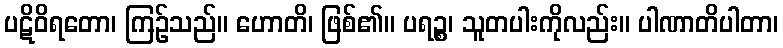
ပဋိဝိရတော၊ ကြဉ်သည်။ ဟောတိ၊ ဖြစ်၏။ ပရဉ္စ၊ သူတပါးကိုလည်း။ ပါဏာတိပါတာ၊